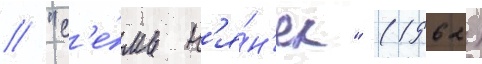
/ "с'е́мь н'я́н'ек" (1962)